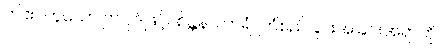
ဤဧဝဟူသော ဤပုဒ်ဖြင့်။ စိန္တနာကာရံ၊ ကြံစည်ခြင်းအခြင်းအရာကို။